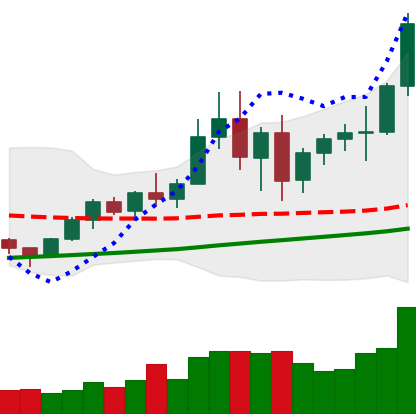
Ticker: BNB-USD
Chart end date: 2020-12-29
Forward return: 5.638%
Label: up_5_7